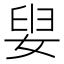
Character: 𡝨